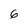
Character: 6